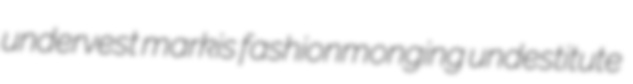
undervest markis fashionmonging undestitute